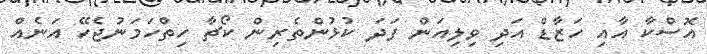
އޮސްކާ އާއި ހަޒާޑް އަދި ވިލިއަން ފަދަ ކުޅުންތެރިން ކޯޗާ ހިތްހަމަނުޖެހޭ އަނެއް